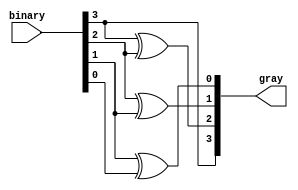
module binary_gray(binary,gray);
    localparam  width= 4;

    input     wire[width-1:0] binary;
    output    wire[width-1:0] gray;

  assign gray[width-1] = binary[width-1];

  genvar  i;

  for (i=width-2; i>=0; i=i-1)
    assign gray[i] = binary[i+1] ^ binary[i];

endmodule